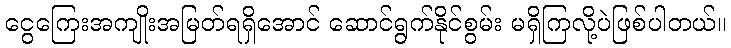
ငွေကြေးအကျိုးအမြတ်ရရှိအောင် ဆောင်ရွက်နိုင်စွမ်း မရှိကြလို့ပဲဖြစ်ပါတယ်။